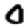
Digit: 0